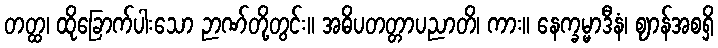
တတ္ထ၊ ထိုခြောက်ပါးသော ဉာဏ်တို့တွင်း။ အဓိပတတ္တာပညာတိ၊ ကား။ နေက္ခမ္မာဒီနံ၊ ဈာန်အစရှိ